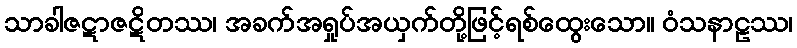
သာခါဇဋာဇဋိတဿ၊ အခက်အရှုပ်အယှက်တို့ဖြင့်ရစ်ထွေးသော။ ဝံသနာဠဿ၊